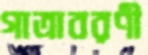
গাত্রাবরণী